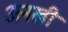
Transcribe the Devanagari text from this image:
अनखी